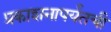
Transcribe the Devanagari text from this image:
प्रकाशनापर्यंतची